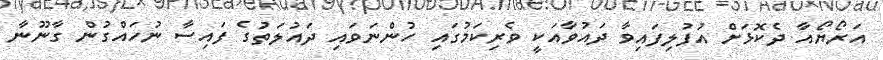
އަރޯޔޯއާ ދެކޮޅަށް އުފުލިފައިވާ ދައުވާއަކީ ވެރިކަމުގައި ހުންނަވައި ދައުލަތުގެ ފައިސާ ނުހައްގުން ގާނޫނާ